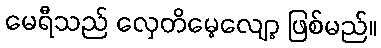
မေရီသည် လှေတိမေ့လျော့ ဖြစ်မည်။